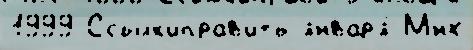
1999 Ссылк'иправ'ить январ'я́ М'́нх